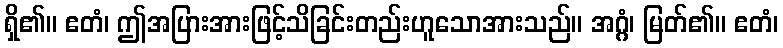
ရှိ၏။ ဧတံ၊ ဤအပြားအားဖြင့်သိခြင်းတည်းဟူသောအားသည်။ အဂ္ဂံ၊ မြတ်၏။ ဧတံ၊